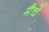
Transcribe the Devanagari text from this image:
मैचें